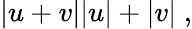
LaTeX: \begin{array}{r}{|u+v|\le|u|+|v|\; ,}\end{array}